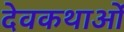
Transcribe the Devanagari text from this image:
देवकथाओं